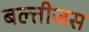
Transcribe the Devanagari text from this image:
बल्तीजस